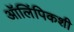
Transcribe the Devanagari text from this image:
ऑलिंपिकशी